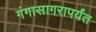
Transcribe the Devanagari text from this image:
गंगासागरापर्यंत